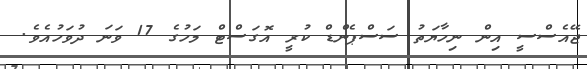
ޖޭއެސްސީ އިން ނިހާޔަތު ސަސްޕެންޑް ކުރީ އޮގަސްޓް މަހުގެ 17 ވަނަ ދުވަހުއެވެ.